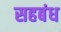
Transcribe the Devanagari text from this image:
सहबंध